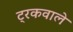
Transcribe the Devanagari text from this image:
ट्रकवाले